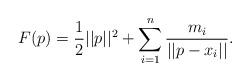
LaTeX: \begin{align*}F(p) = \frac{1}{2}||p||^2 + \sum_{i = 1}^{n}\frac{m_i}{\vert \vert p - x_i \vert \vert}.\end{align*}